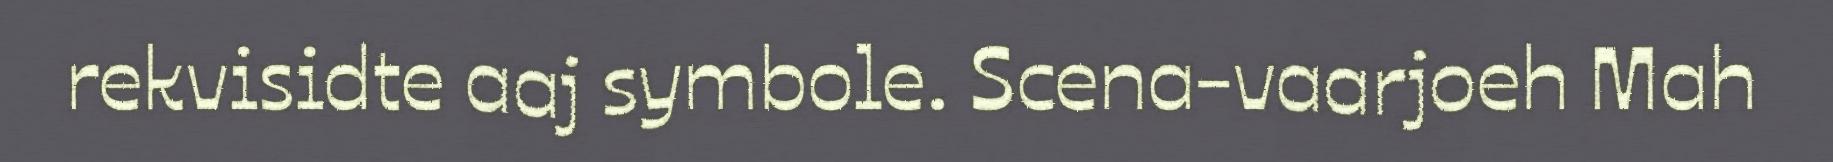
rekvisidte aaj symbole. Scena-vaarjoeh Mah